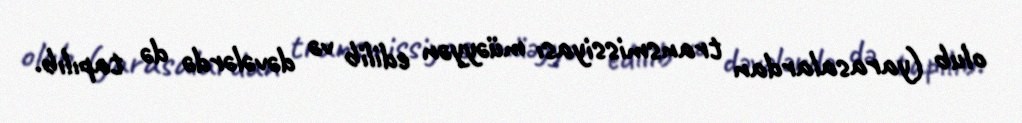
olub (yarasalardan transmissiyası müəyyən edilib və dəvələrdə də tapılıb.